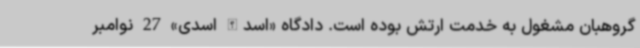
گروهبان مشغول به خدمت ارتش بوده است. دادگاه «اسدالله اسدی» 27 نوامبر